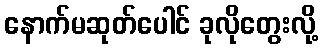
နောက်မဆုတ်ပေါင် ခုလိုတွေးလို့